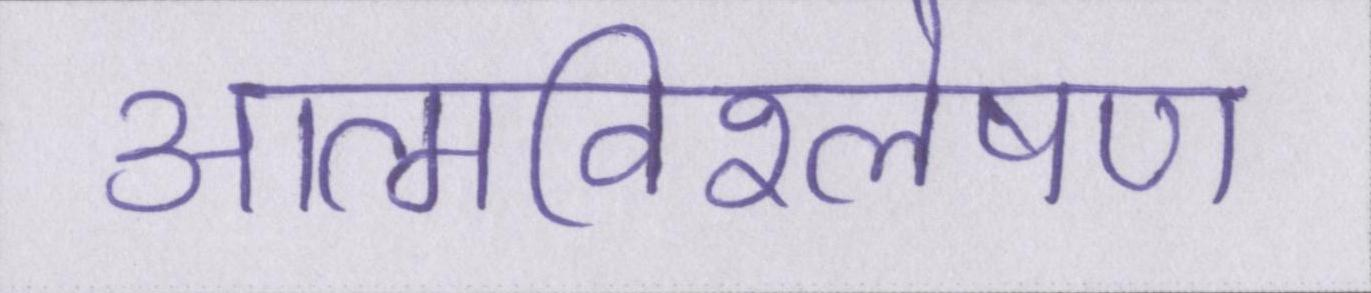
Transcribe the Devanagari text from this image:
आत्मविश्लेषण